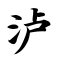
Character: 泸